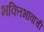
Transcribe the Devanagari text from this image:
भक्तिभावाची